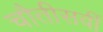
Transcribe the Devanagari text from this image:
चौतीसवीं